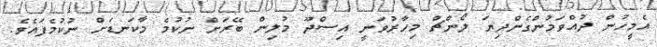
އެމީހުން ދުއްވަމުންގެންދިޔަ ލޯންޗް މިހާރުވަނީ އިސްދޫ މުލިން ބޭރަށް ނުކުމެ މާކަނޑަށް ނުކުމެފައެވެ.